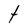
Character: t